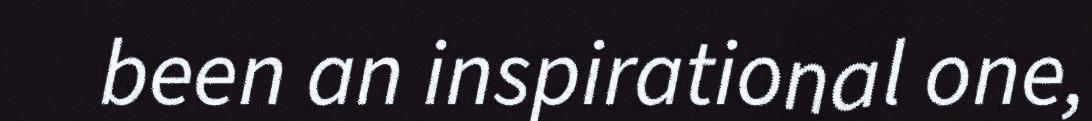
been an inspirational one,